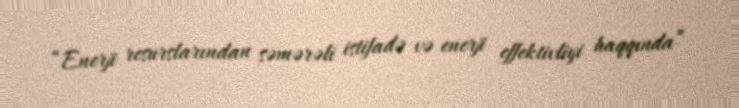
“Enerji resurslarından səmərəli istifadə və enerji effektivliyi haqqında”